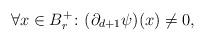
LaTeX: \begin{align*} \forall x \in B_r^+ \colon (\partial_{d+1} \psi ) (x) \not = 0,\end{align*}